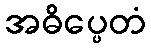
အဓိပ္ပေတံ